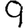
Digit: 9